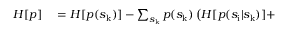
\begin{array} { r l } { H [ p ] } & { { } = H [ p ( s _ { \mathrm { k } } ) ] - \sum _ { s _ { \mathrm { k } } } p ( s _ { \mathrm { k } } ) \left( H [ p ( s _ { \mathrm { i } } | s _ { \mathrm { k } } ) ] + \right. } \end{array}